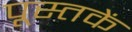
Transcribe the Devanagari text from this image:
पूस्‍तकें